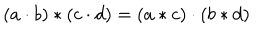
\left( a \cdot b \right) * \left( c \cdot d \right) = \left( a * c \right) \cdot \left( b * d \right)